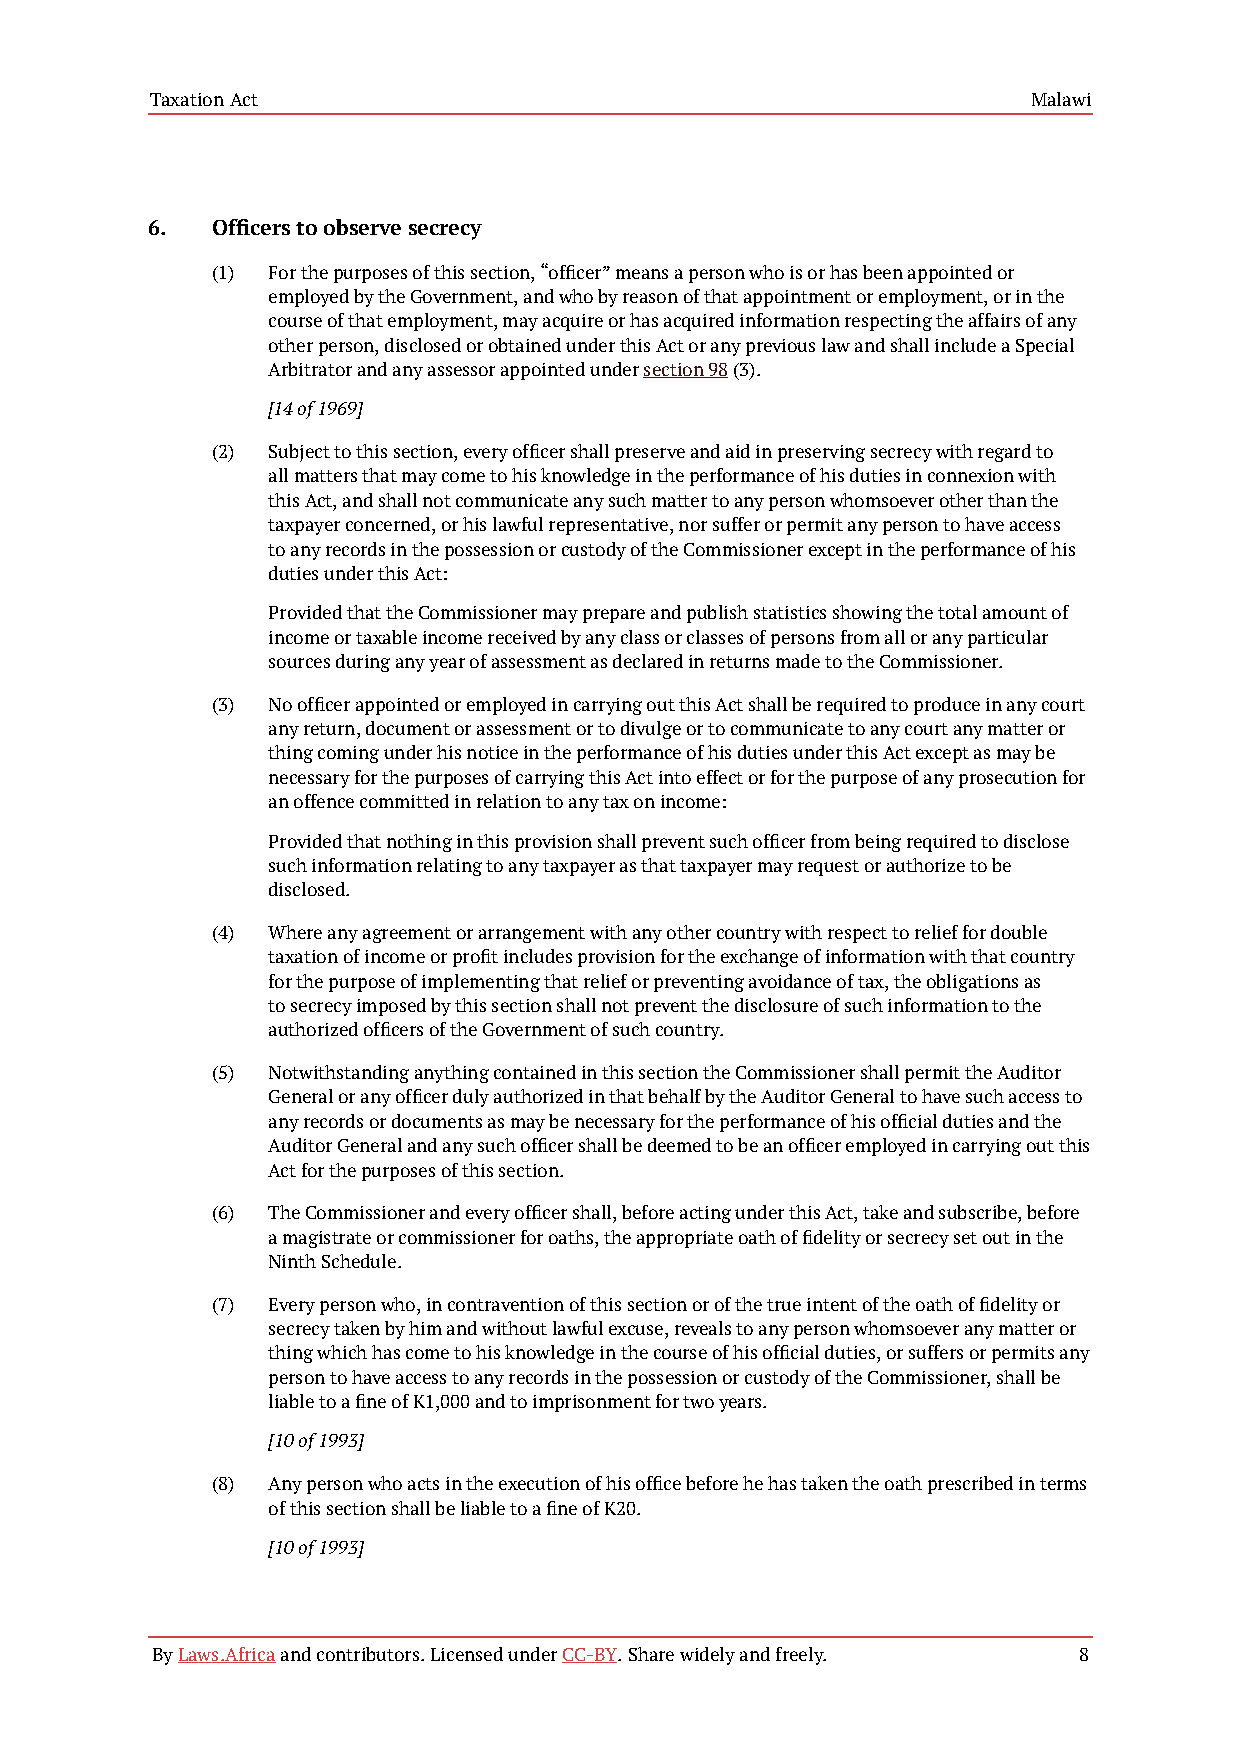
Taxation Act                                              Malawi
 6.  Officers to observe secrecy
 (1) For the purposes of this section, “officer” means a person who is or has been appointed or
 employed by the Government, and who by reason of that appointment or employment, or in the
 course of that employment, may acquire or has acquired information respecting the affairs of any
 other person, disclosed or obtained under this Act or any previous law and shall include a Special
 Arbitrator and any assessor appointed under section 98 (3).
 [14 of 1969]
 (2) Subject to this section, every officer shall preserve and aid in preserving secrecy with regard to
 all matters that may come to his knowledge in the performance of his duties in connexion with
 this Act, and shall not communicate any such matter to any person whomsoever other than the
 taxpayer concerned, or his lawful representative, nor suffer or permit any person to have access
 to any records in the possession or custody of the Commissioner except in the performance of his
 duties under this Act:
 Provided that the Commissioner may prepare and publish statistics showing the total amount of
 income or taxable income received by any class or classes of persons from all or any particular
 sources during any year of assessment as declared in returns made to the Commissioner.
 (3) No officer appointed or employed in carrying out this Act shall be required to produce in any court
 any return, document or assessment or to divulge or to communicate to any court any matter or
 thing coming under his notice in the performance of his duties under this Act except as may be
 necessary for the purposes of carrying this Act into effect or for the purpose of any prosecution for
 an offence committed in relation to any tax on income:
 Provided that nothing in this provision shall prevent such officer from being required to disclose
 such information relating to any taxpayer as that taxpayer may request or authorize to be
 disclosed.
 (4) Where any agreement or arrangement with any other country with respect to relief for double
 taxation of income or profit includes provision for the exchange of information with that country
 for the purpose of implementing that relief or preventing avoidance of tax, the obligations as
 to secrecy imposed by this section shall not prevent the disclosure of such information to the
 authorized officers of the Government of such country.
 (5) Notwithstanding anything contained in this section the Commissioner shall permit the Auditor
 General or any officer duly authorized in that behalf by the Auditor General to have such access to
 any records or documents as may be necessary for the performance of his official duties and the
 Auditor General and any such officer shall be deemed to be an officer employed in carrying out this
 Act for the purposes of this section.
 (6) The Commissioner and every officer shall, before acting under this Act, take and subscribe, before
 a magistrate or commissioner for oaths, the appropriate oath of fidelity or secrecy set out in the
 Ninth Schedule.
 (7) Every person who, in contravention of this section or of the true intent of the oath of fidelity or
 secrecy taken by him and without lawful excuse, reveals to any person whomsoever any matter or
 thing which has come to his knowledge in the course of his official duties, or suffers or permits any
 person to have access to any records in the possession or custody of the Commissioner, shall be
 liable to a fine of K1,000 and to imprisonment for two years.
 [10 of 1993]
 (8) Any person who acts in the execution of his office before he has taken the oath prescribed in terms
 of this section shall be liable to a fine of K20.
 [10 of 1993]
 By Laws.Africa and contributors. Licensed under CC-BY. Share widely and freely. 8